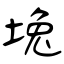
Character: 堍